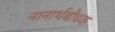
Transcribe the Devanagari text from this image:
नानार्थबोधक